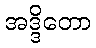
အဒ္ဒိတော